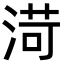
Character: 渮